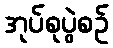
အုပ်စုပွဲစဉ်